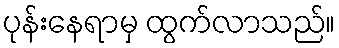
ပုန်းနေရာမှ ထွက်လာသည်။